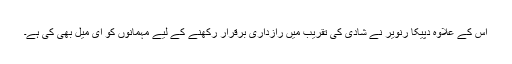
اس کے علاوہ دپیکا رنویر نے شادی کی تقریب میں رازداری برقرار رکھنے کے لیے مہمانوں کو ای میل بھی کی ہے۔